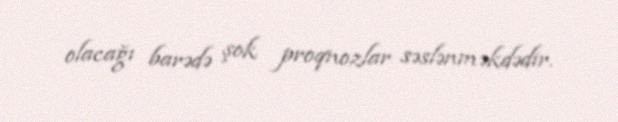
olacağı barədə şok proqnozlar səslənməkdədir.